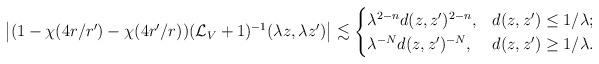
LaTeX: \begin{align*}\left|(1-\chi(4r/r')-\chi(4r'/r) )(\mathcal{L}_V+1)^{-1}(\lambda z,\lambda z')\right|\lesssim\begin{cases}\lambda^{2-n} d(z,z')^{2-n}, &d(z,z')\leq 1/\lambda;\\\lambda^{-N}d(z,z')^{-N}, &d(z,z')\geq 1/\lambda.\end{cases}\end{align*}